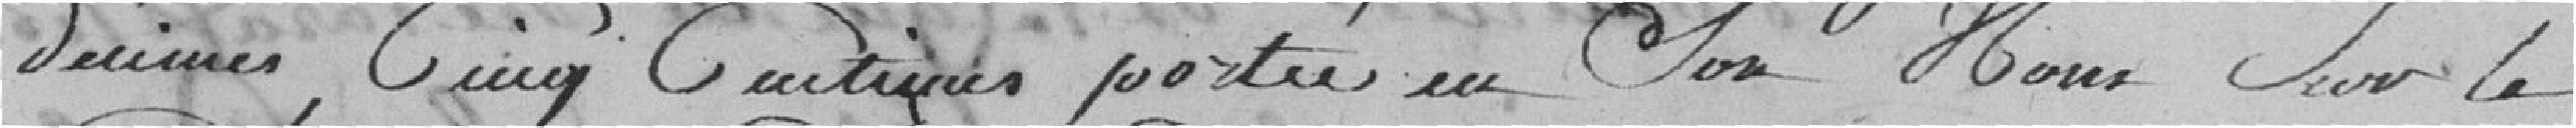
décimes,cinq centimes portés en son nom sur le